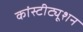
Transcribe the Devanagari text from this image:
कांस्टीट्यूशन